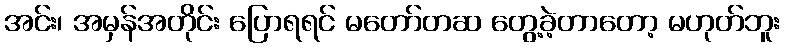
အင်း၊ အမှန်အတိုင်း ပြောရရင် မတော်တဆ တွေ့ခဲ့တာတော့ မဟုတ်ဘူး